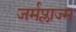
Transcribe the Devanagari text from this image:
जर्मप्लाज्म